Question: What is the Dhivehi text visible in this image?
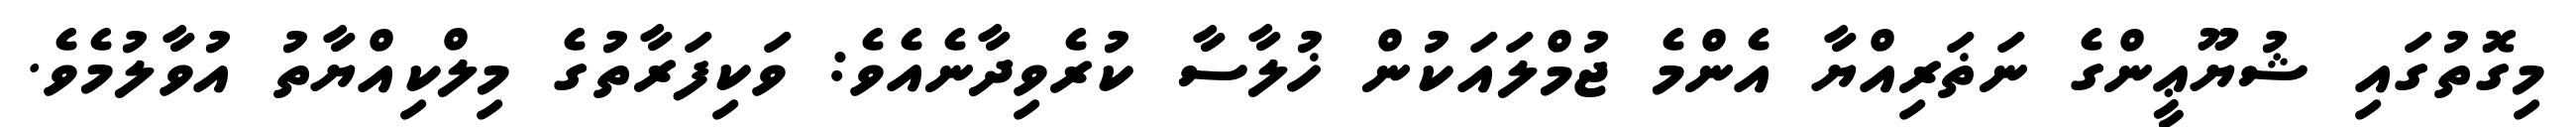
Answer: މިގޮތުގައި ޝުޔޫޢީންގެ ނަޡަރިއްޔާ އެންމެ ޖުމްލައަކުން ޚުލާސާ ކުރެވިދާނެއެވެ: ވަކިފަރާތުގެ މިލްކިއްޔާތު އުވާލުމެވެ.